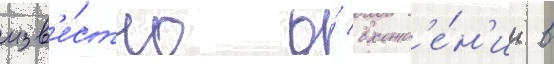
изв'е́стно о́ вхожд'е́н'ии в